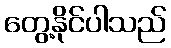
တွေ့နိုင်ပါသည်